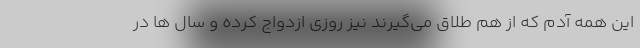
این همه آدم که از هم طلاق می‌گیرند نیز روزی ازدواج کرده و سال ها در